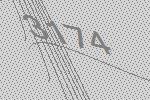
3174